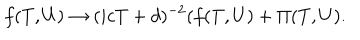
f ( T , U ) \rightarrow ( i c T + d ) ^ { - 2 } ( f ( T , U ) + { \Pi } ( T , U ) .